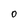
Character: O